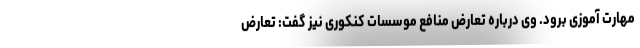
مهارت آموزی برود. وی درباره تعارض منافع موسسات کنکوری نیز گفت: تعارض